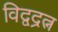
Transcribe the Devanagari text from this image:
विद्वद्रत्न